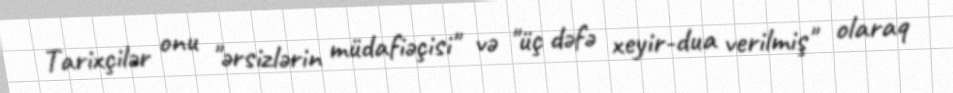
Tarixçilər onu "ərsizlərin müdafiəçisi" və "üç dəfə xeyir-dua verilmiş" olaraq